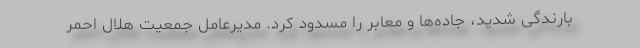
بارندگی شدید، جاده‌ها و معابر را مسدود کرد. مدیرعامل جمعیت هلال احمر